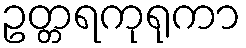
ဥတ္တရကုရုကာ